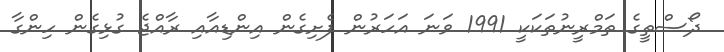
ދޯސްތީގެ ތަމްރީނުތަކަކީ 1991 ވަނަ އަހަރުން ފެށިގެން އިންޑިއާއި ރާއްޖެ ގުޅިގެން ހިންގާ